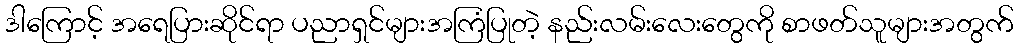
ဒါကြောင့် အရေပြားဆိုင်ရာ ပညာရှင်များအကြံပြုတဲ့ နည်းလမ်းလေးတွေကို စာဖတ်သူများအတွက်